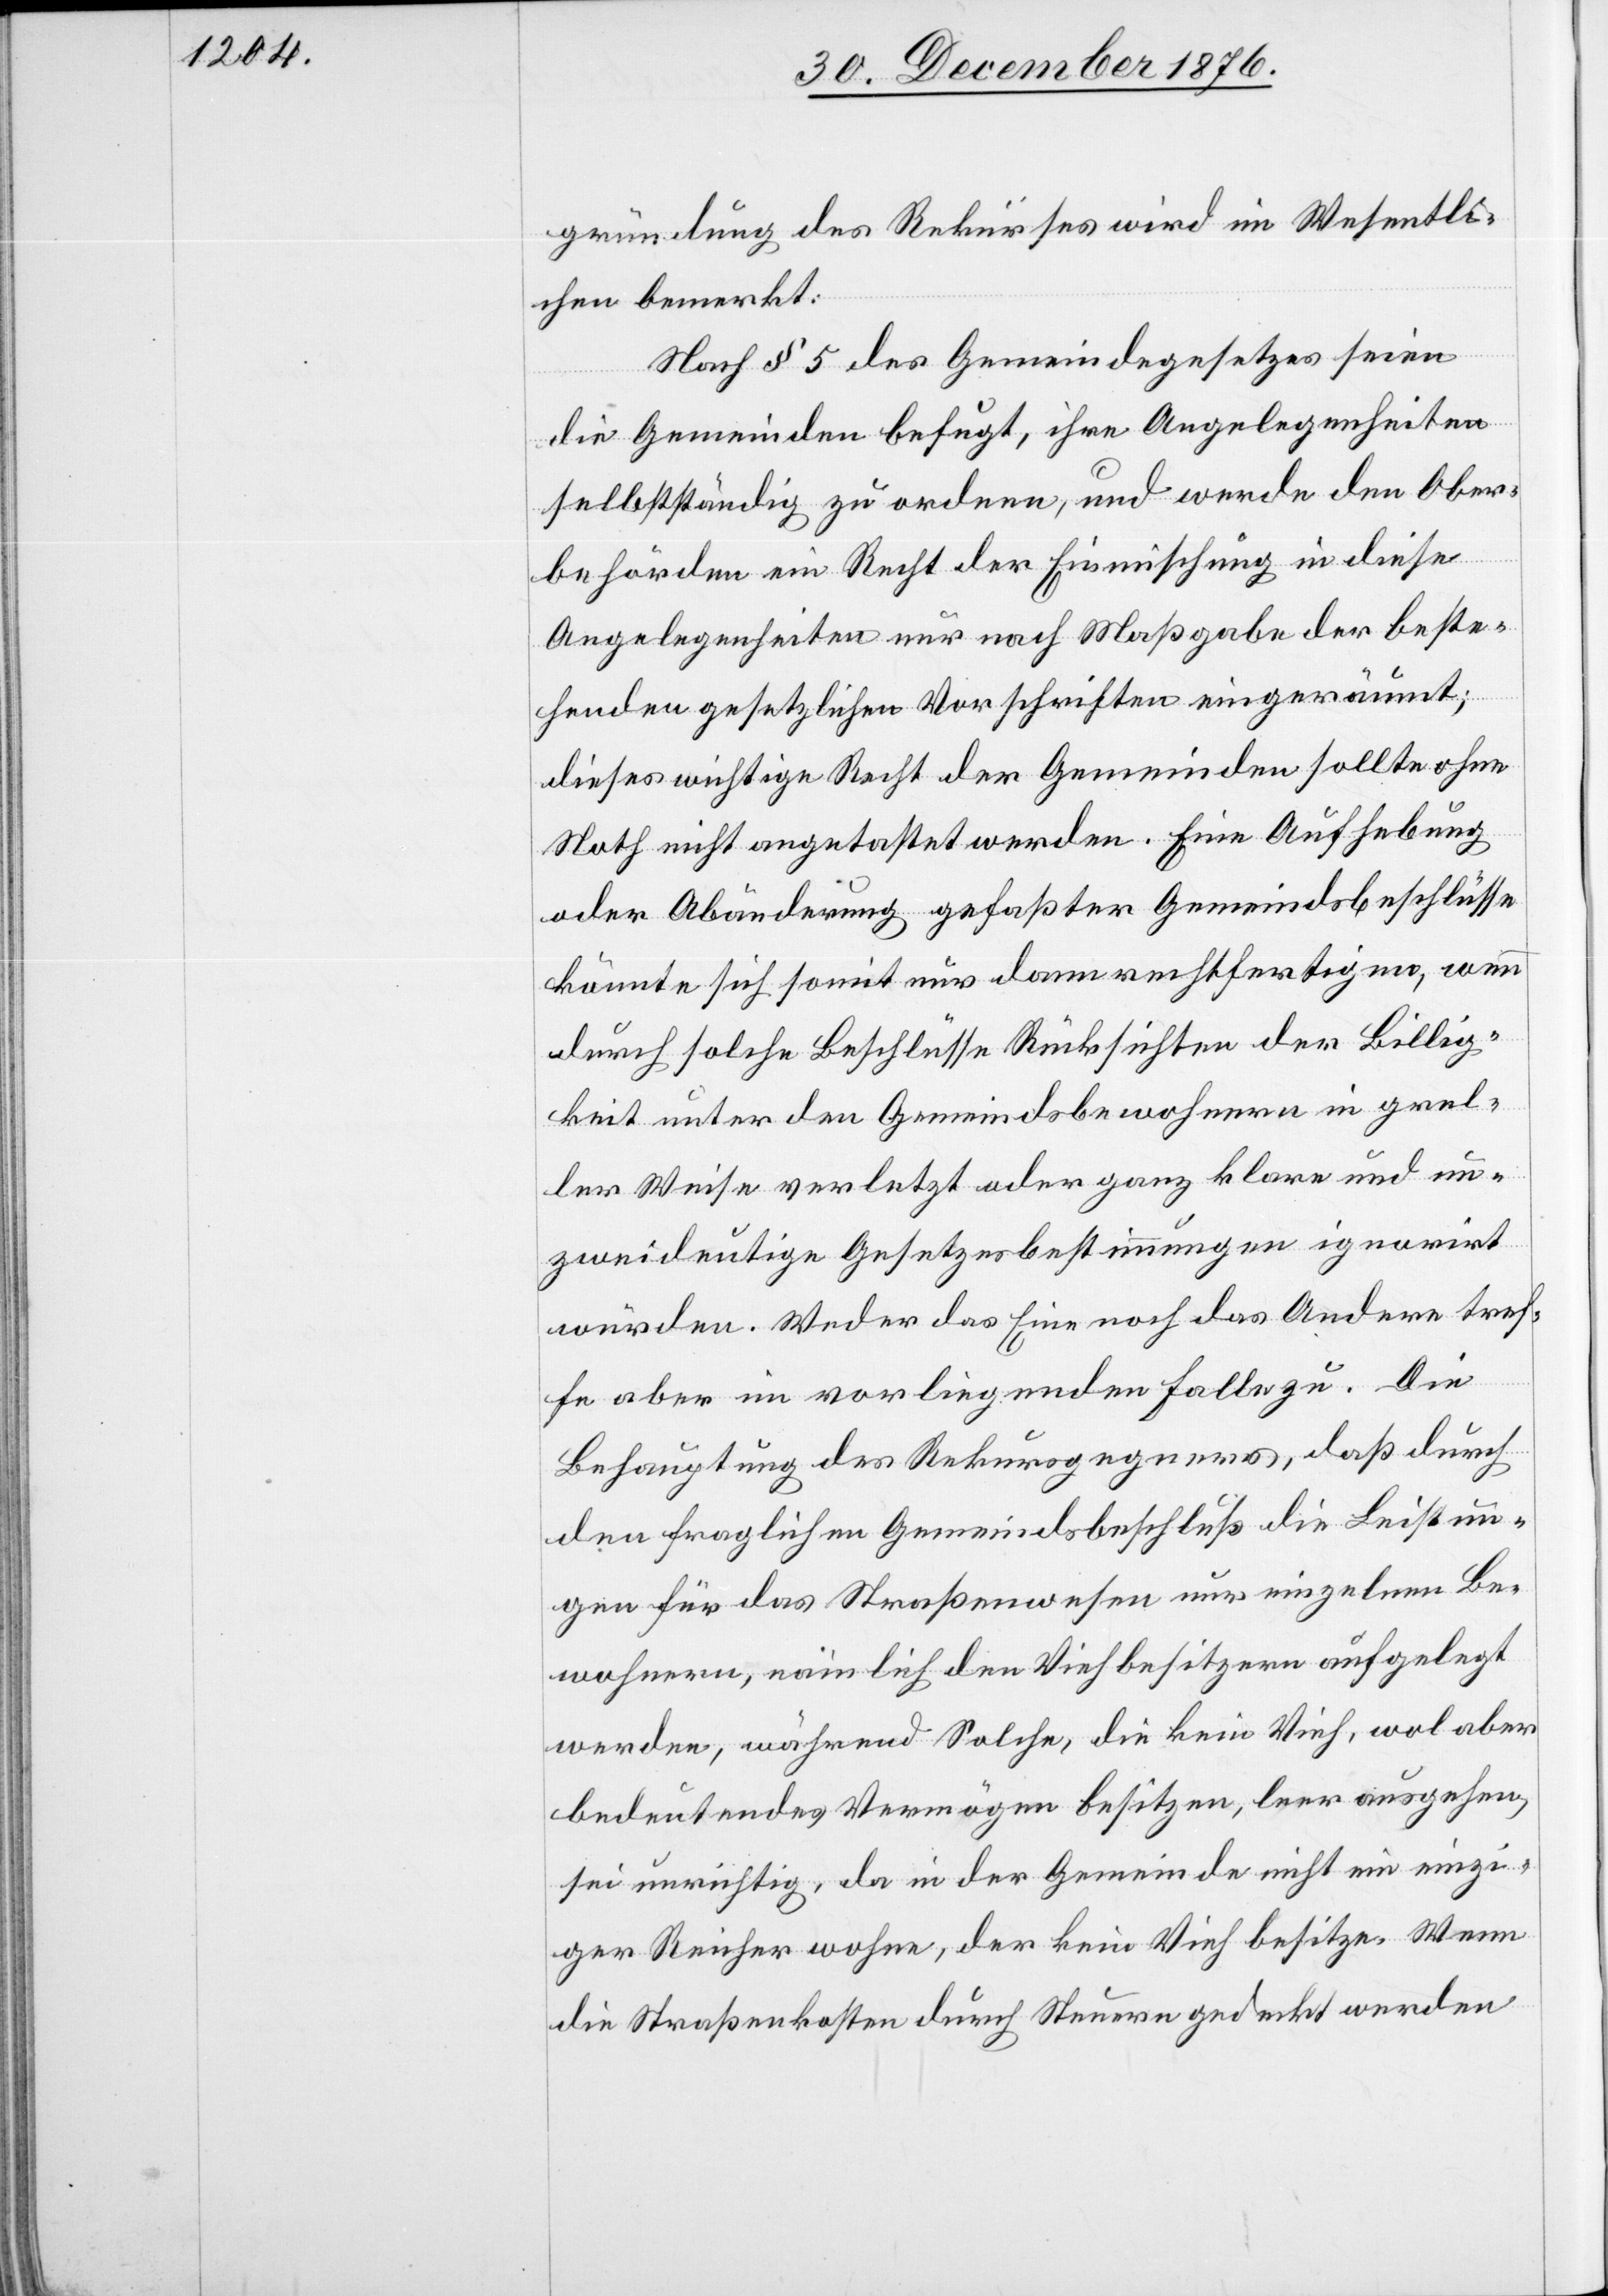
gründung des Rekurses wird im Wesentli¬
chen bemerkt:
Nach § 5 des Gemeindegesetzes seien
die Gemeinden befugt, ihre Angelegenheiten
selbstständig zu ordnen, und werde den Ober¬
behörden ein Recht der Einmischung in diese
Angelegenheiten nur nach Maßgabe der beste¬
henden gesetzlichen Vorschriften eingeräumt;
dieses wichtige Recht der Gemeinden sollte ohne
Noth nicht angetastet werden. Eine Aufhebung
oder Abänderung gefaßter Gemeindsbeschlüsse
könnte sich somit nur dann rechtfertigen, wenn
durch solche Beschlüsse Rücksichten der Billig¬
keit unter den Gemeindsbewohnern in grel¬
ler Weise verletzt oder ganz klare und un¬
zweideutige Gesetzesbestimmungen ignorirt
würden. Weder das Eine noch das Andere tref¬
fe aber im vorliegenden Falle zu. Die
Behauptung des Rekursgegners, daß durch
den fraglichen Gemeindsbeschluß die Leistun¬
gen für das Straßenwesen nur einzelnen Be¬
wohnern, nämlich den Viehbesitzern aufgelegt
werden, während Solche, die kein Vieh, wol aber
bedeutendes Vermögen besitzen, leer ausgehen,
sei unrichtig, da in der Gemeinde nicht ein einzi¬
ger Reicher wohne, der kein Vieh besitze. Wenn
die Straßenkosten durch Steuern gedeckt werden